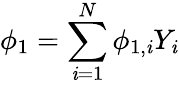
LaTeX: \phi_{1}=\sum_{\mathit{i}=1}^{N}\phi_{1,\mathit{i}}Y_{\mathit{i}}